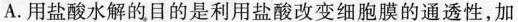
A.用盐酸水解的目的是利用盐酸改变细胞膜的通透性，加